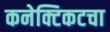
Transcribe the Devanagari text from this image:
कनेक्टिकटचा